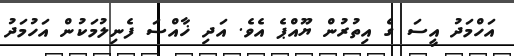
އަހްމަދު އީސަ ގެ އިތުރުން ޔޫއްޕެ އެވެ. އަދި ޚާއްސަ ފެނިލުމަކުން އަހުމަދު